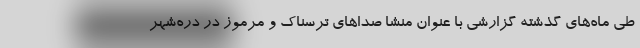
طی ماه‌های گذشته گزارشی با عنوان منشا صداهای ترسناک و مرموز در دره‌شهر